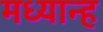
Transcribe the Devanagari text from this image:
मध्‍यान्‍ह